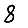
Digit: 8